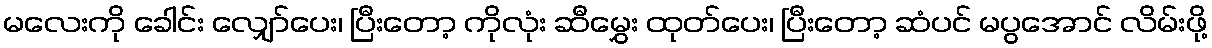
မလေးကို ခေါင်း လျှော်ပေး၊ ပြီးတော့ ကိုလုံး ဆီမွှေး ထုတ်ပေး၊ ပြီးတော့ ဆံပင် မပွအောင် လိမ်းဖို့